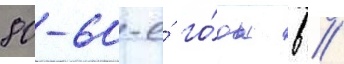
80-60-е́ го́ды в //